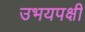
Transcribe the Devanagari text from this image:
उभयपक्षी